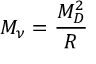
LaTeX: M _ { \nu } = \frac { M _ { D } ^ { 2 } } { R }